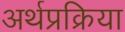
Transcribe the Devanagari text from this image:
अर्थप्रक्रिया